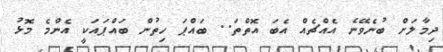
ދިމާލަށް ބުނެވޭނެ އެއްޗެއް އެބަ އޮތްތަ.. ބައްޕަ ހިތުން ބައްޕައަކީ އެންމެ މޮޅު